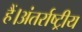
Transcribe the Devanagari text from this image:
हैं।अंतर्राष्ट्रीय